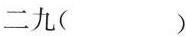
二九()